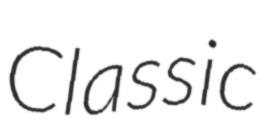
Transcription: Classic